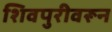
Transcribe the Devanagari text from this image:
शिवपुरीवरून